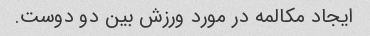
ایجاد مکالمه در مورد ورزش بین دو دوست.